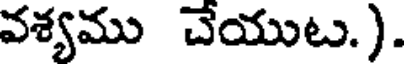
వశ్యము చేయుట.).